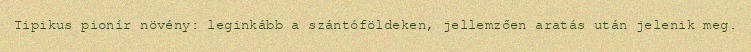
Tipikus pionír növény: leginkább a szántóföldeken, jellemzően aratás után jelenik meg.